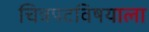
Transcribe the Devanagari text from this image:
चित्रपटविषयाला